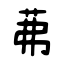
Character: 茀